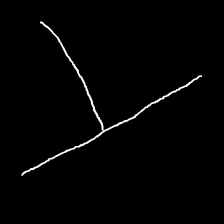
Glyph: column